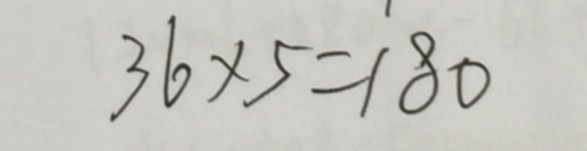
3 6 \times 5 = 1 8 0